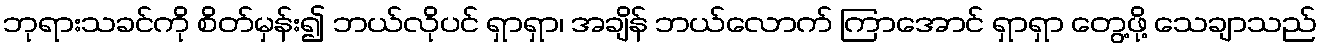
ဘုရားသခင်ကို စိတ်မှန်း၍ ဘယ်လိုပင် ရှာရှာ၊ အချိန် ဘယ်လောက် ကြာအောင် ရှာရှာ တွေ့ဖို့ သေချာသည်